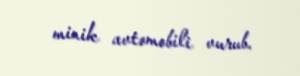
minik avtomobili vurub.